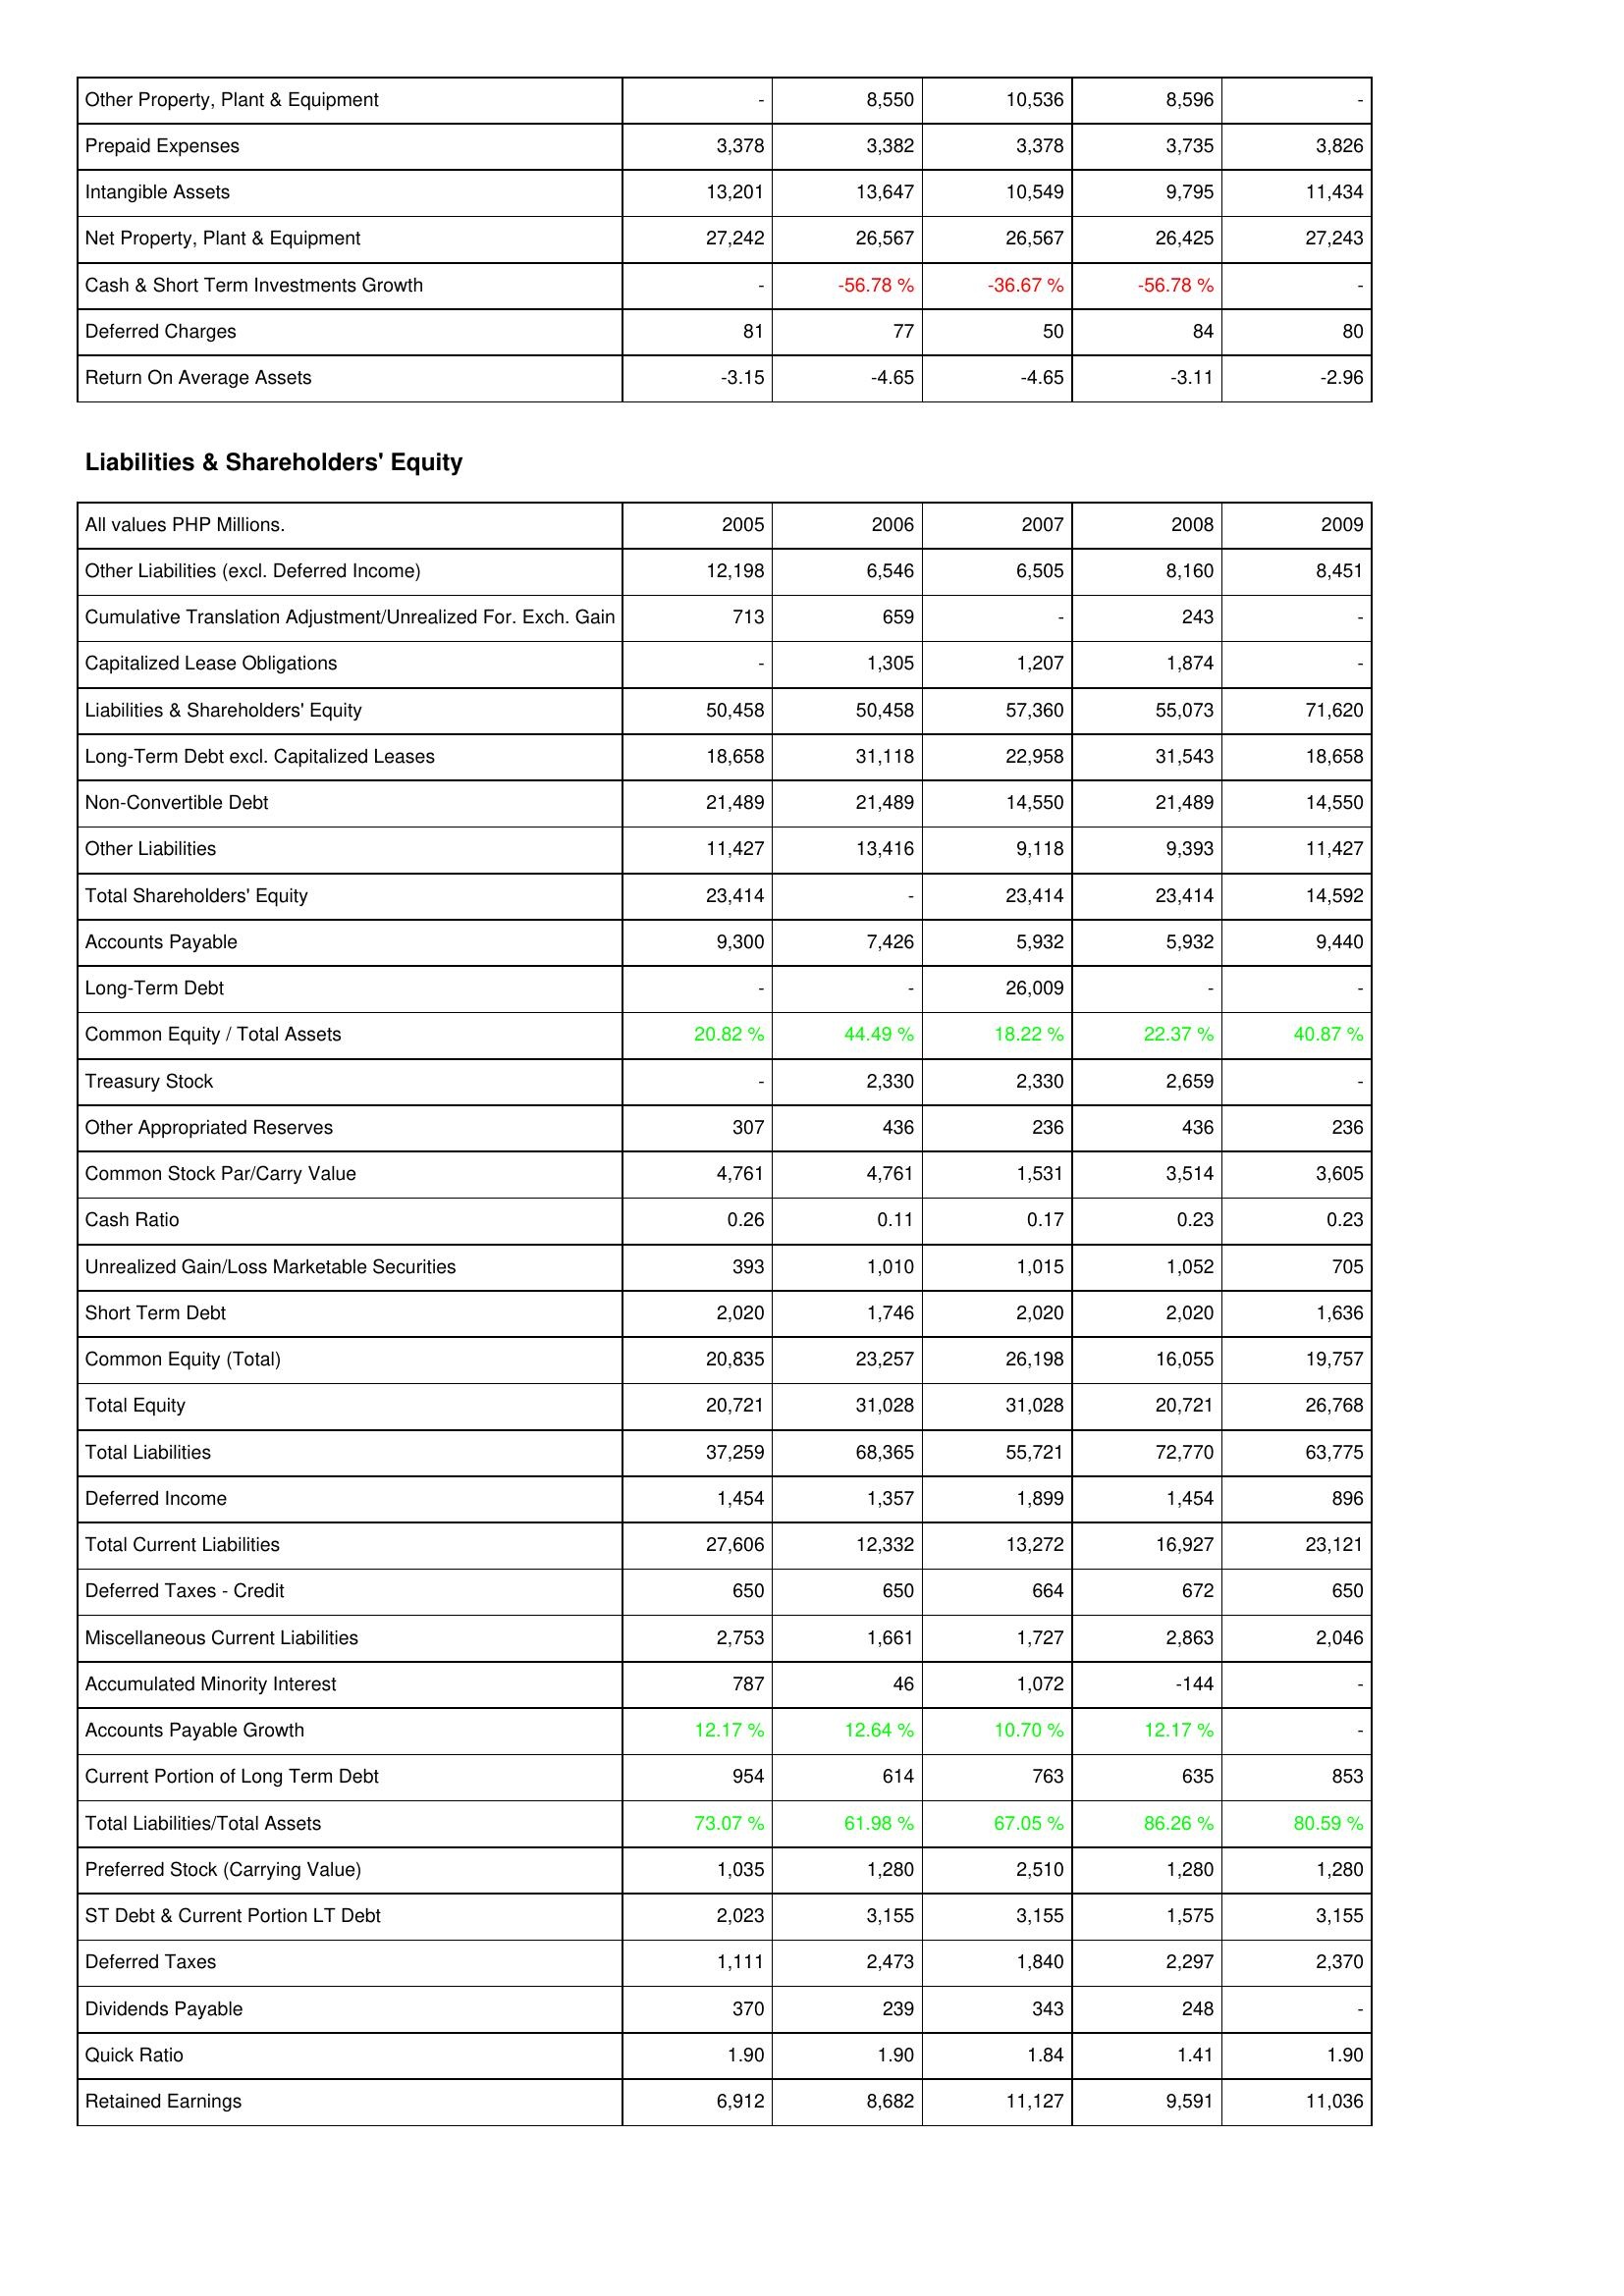
2005: Assets: Other Property, Plant & Equipment: -
Prepaid Expenses: 3,378
Intangible Assets: 13,201
Net Property, Plant & Equipment: 27,242
Cash & Short Term Investments Growth: -
Deferred Charges: 81
Return On Average Assets: -3.15
Liabilities & Shareholders' Equity: Other Liabilities (excl. Deferred Income): 12,198
Cumulative Translation Adjustment/Unrealized For. Exch. Gain: 713
Capitalized Lease Obligations: -
Liabilities & Shareholders' Equity: 50,458
Long-Term Debt excl. Capitalized Leases: 18,658
Non-Convertible Debt: 21,489
Other Liabilities: 11,427
Total Shareholders' Equity: 23,414
Accounts Payable: 9,300
Long-Term Debt: -
Common Equity / Total Assets: 20.82 %
Treasury Stock: -
Other Appropriated Reserves: 307
Common Stock Par/Carry Value: 4,761
Cash Ratio: 0.26
Unrealized Gain/Loss Marketable Securities: 393
Short Term Debt: 2,020
Common Equity (Total): 20,835
Total Equity: 20,721
Total Liabilities: 37,259
Deferred Income: 1,454
Total Current Liabilities: 27,606
Deferred Taxes - Credit: 650
Miscellaneous Current Liabilities: 2,753
Accumulated Minority Interest: 787
Accounts Payable Growth: 12.17 %
Current Portion of Long Term Debt: 954
Total Liabilities/Total Assets: 73.07 %
Preferred Stock (Carrying Value): 1,035
ST Debt & Current Portion LT Debt: 2,023
Deferred Taxes: 1,111
Dividends Payable: 370
Quick Ratio: 1.90
Retained Earnings: 6,912
2006: Assets: Other Property, Plant & Equipment: 8,550
Prepaid Expenses: 3,382
Intangible Assets: 13,647
Net Property, Plant & Equipment: 26,567
Cash & Short Term Investments Growth: -56.78 %
Deferred Charges: 77
Return On Average Assets: -4.65
Liabilities & Shareholders' Equity: Other Liabilities (excl. Deferred Income): 6,546
Cumulative Translation Adjustment/Unrealized For. Exch. Gain: 659
Capitalized Lease Obligations: 1,305
Liabilities & Shareholders' Equity: 50,458
Long-Term Debt excl. Capitalized Leases: 31,118
Non-Convertible Debt: 21,489
Other Liabilities: 13,416
Total Shareholders' Equity: -
Accounts Payable: 7,426
Long-Term Debt: -
Common Equity / Total Assets: 44.49 %
Treasury Stock: 2,330
Other Appropriated Reserves: 436
Common Stock Par/Carry Value: 4,761
Cash Ratio: 0.11
Unrealized Gain/Loss Marketable Securities: 1,010
Short Term Debt: 1,746
Common Equity (Total): 23,257
Total Equity: 31,028
Total Liabilities: 68,365
Deferred Income: 1,357
Total Current Liabilities: 12,332
Deferred Taxes - Credit: 650
Miscellaneous Current Liabilities: 1,661
Accumulated Minority Interest: 46
Accounts Payable Growth: 12.64 %
Current Portion of Long Term Debt: 614
Total Liabilities/Total Assets: 61.98 %
Preferred Stock (Carrying Value): 1,280
ST Debt & Current Portion LT Debt: 3,155
Deferred Taxes: 2,473
Dividends Payable: 239
Quick Ratio: 1.90
Retained Earnings: 8,682
2007: Assets: Other Property, Plant & Equipment: 10,536
Prepaid Expenses: 3,378
Intangible Assets: 10,549
Net Property, Plant & Equipment: 26,567
Cash & Short Term Investments Growth: -36.67 %
Deferred Charges: 50
Return On Average Assets: -4.65
Liabilities & Shareholders' Equity: Other Liabilities (excl. Deferred Income): 6,505
Cumulative Translation Adjustment/Unrealized For. Exch. Gain: -
Capitalized Lease Obligations: 1,207
Liabilities & Shareholders' Equity: 57,360
Long-Term Debt excl. Capitalized Leases: 22,958
Non-Convertible Debt: 14,550
Other Liabilities: 9,118
Total Shareholders' Equity: 23,414
Accounts Payable: 5,932
Long-Term Debt: 26,009
Common Equity / Total Assets: 18.22 %
Treasury Stock: 2,330
Other Appropriated Reserves: 236
Common Stock Par/Carry Value: 1,531
Cash Ratio: 0.17
Unrealized Gain/Loss Marketable Securities: 1,015
Short Term Debt: 2,020
Common Equity (Total): 26,198
Total Equity: 31,028
Total Liabilities: 55,721
Deferred Income: 1,899
Total Current Liabilities: 13,272
Deferred Taxes - Credit: 664
Miscellaneous Current Liabilities: 1,727
Accumulated Minority Interest: 1,072
Accounts Payable Growth: 10.70 %
Current Portion of Long Term Debt: 763
Total Liabilities/Total Assets: 67.05 %
Preferred Stock (Carrying Value): 2,510
ST Debt & Current Portion LT Debt: 3,155
Deferred Taxes: 1,840
Dividends Payable: 343
Quick Ratio: 1.84
Retained Earnings: 11,127
2008: Assets: Other Property, Plant & Equipment: 8,596
Prepaid Expenses: 3,735
Intangible Assets: 9,795
Net Property, Plant & Equipment: 26,425
Cash & Short Term Investments Growth: -56.78 %
Deferred Charges: 84
Return On Average Assets: -3.11
Liabilities & Shareholders' Equity: Other Liabilities (excl. Deferred Income): 8,160
Cumulative Translation Adjustment/Unrealized For. Exch. Gain: 243
Capitalized Lease Obligations: 1,874
Liabilities & Shareholders' Equity: 55,073
Long-Term Debt excl. Capitalized Leases: 31,543
Non-Convertible Debt: 21,489
Other Liabilities: 9,393
Total Shareholders' Equity: 23,414
Accounts Payable: 5,932
Long-Term Debt: -
Common Equity / Total Assets: 22.37 %
Treasury Stock: 2,659
Other Appropriated Reserves: 436
Common Stock Par/Carry Value: 3,514
Cash Ratio: 0.23
Unrealized Gain/Loss Marketable Securities: 1,052
Short Term Debt: 2,020
Common Equity (Total): 16,055
Total Equity: 20,721
Total Liabilities: 72,770
Deferred Income: 1,454
Total Current Liabilities: 16,927
Deferred Taxes - Credit: 672
Miscellaneous Current Liabilities: 2,863
Accumulated Minority Interest: -144
Accounts Payable Growth: 12.17 %
Current Portion of Long Term Debt: 635
Total Liabilities/Total Assets: 86.26 %
Preferred Stock (Carrying Value): 1,280
ST Debt & Current Portion LT Debt: 1,575
Deferred Taxes: 2,297
Dividends Payable: 248
Quick Ratio: 1.41
Retained Earnings: 9,591
2009: Assets: Other Property, Plant & Equipment: -
Prepaid Expenses: 3,826
Intangible Assets: 11,434
Net Property, Plant & Equipment: 27,243
Cash & Short Term Investments Growth: -
Deferred Charges: 80
Return On Average Assets: -2.96
Liabilities & Shareholders' Equity: Other Liabilities (excl. Deferred Income): 8,451
Cumulative Translation Adjustment/Unrealized For. Exch. Gain: -
Capitalized Lease Obligations: -
Liabilities & Shareholders' Equity: 71,620
Long-Term Debt excl. Capitalized Leases: 18,658
Non-Convertible Debt: 14,550
Other Liabilities: 11,427
Total Shareholders' Equity: 14,592
Accounts Payable: 9,440
Long-Term Debt: -
Common Equity / Total Assets: 40.87 %
Treasury Stock: -
Other Appropriated Reserves: 236
Common Stock Par/Carry Value: 3,605
Cash Ratio: 0.23
Unrealized Gain/Loss Marketable Securities: 705
Short Term Debt: 1,636
Common Equity (Total): 19,757
Total Equity: 26,768
Total Liabilities: 63,775
Deferred Income: 896
Total Current Liabilities: 23,121
Deferred Taxes - Credit: 650
Miscellaneous Current Liabilities: 2,046
Accumulated Minority Interest: -
Accounts Payable Growth: -
Current Portion of Long Term Debt: 853
Total Liabilities/Total Assets: 80.59 %
Preferred Stock (Carrying Value): 1,280
ST Debt & Current Portion LT Debt: 3,155
Deferred Taxes: 2,370
Dividends Payable: -
Quick Ratio: 1.90
Retained Earnings: 11,036